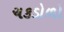
ચકડોળો